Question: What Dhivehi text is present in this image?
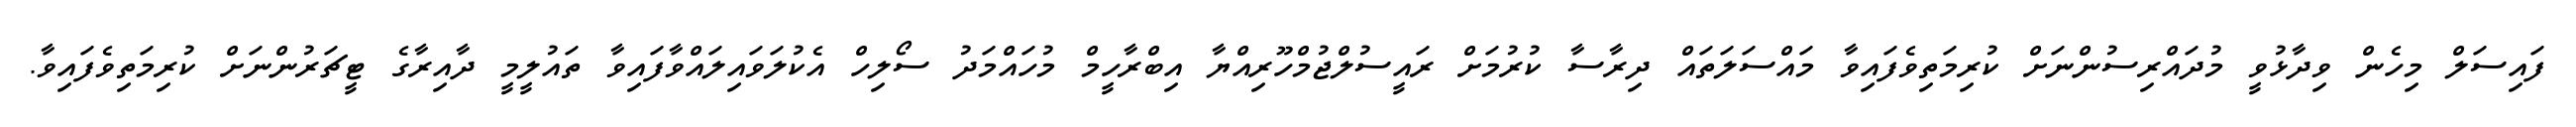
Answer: ފައިސަލް މިހެން ވިދާޅުވީ މުދައްރިސުންނަށް ކުރިމަތިވެފައިވާ މައްސަލަތައް ދިރާސާ ކުރުމަށް ރައީސުލްޖުމްހޫރިއްޔާ އިބްރާހީމް މުހައްމަދު ސޯލިހް އެކުލަވައިލައްވާފައިވާ ތައުލީމީ ދާއިރާގެ ޓީޗަރުންނަށް ކުރިމަތިވެފައިވާ.